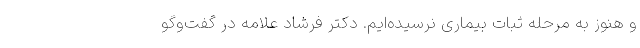
و هنوز به مرحله ثبات بیماری نرسیده‌ایم. دکتر فرشاد علامه در گفت‌وگو